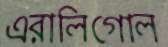
এরালিগোল